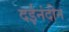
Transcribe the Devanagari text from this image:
दईनंदीन